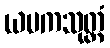
ယမကသုတ္တံ